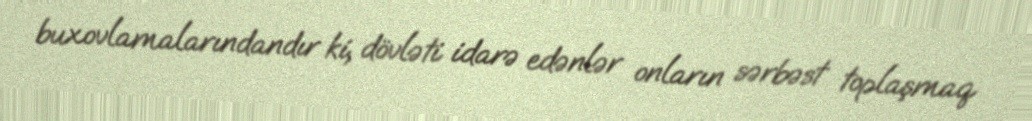
buxovlamalarındandır ki, dövləti idarə edənlər onların sərbəst toplaşmaq